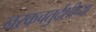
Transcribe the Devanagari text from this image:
नरकचतुर्दशीच्या